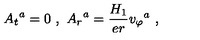
{ A _ { t } } ^ { a } = 0 \ , \ { A _ { r } } ^ { a } = \frac { H _ { 1 } } { e r } { v _ { \varphi } } ^ { a } \ ,